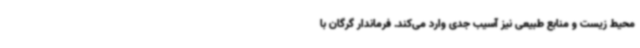
محیط زیست و منابع طبیعی نیز آسیب جدی وارد می‌کند. فرماندار گرگان با